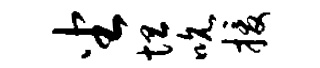
坐坦吮援